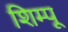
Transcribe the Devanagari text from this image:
शिम्पू